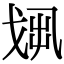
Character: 𢦻